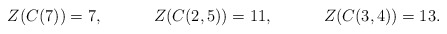
\begin{align*} Z(C(7))&=7,& Z(C(2,5))&=11,& Z(C(3,4))&=13. \end{align*}